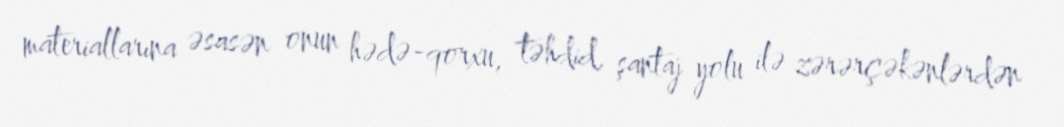
materiallarına əsasən onun hədə-qorxu, təhdid, şantaj yolu ilə zərərçəkənlərdən